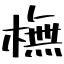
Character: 橅